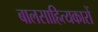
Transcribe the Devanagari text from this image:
बालसाहित्‍यकारों